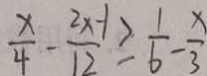
\frac { x } { 4 } - \frac { 2 x - 1 } { 1 2 } \geq \frac { 1 } { 6 } - \frac { x } { 3 }